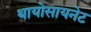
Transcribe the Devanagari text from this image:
थायोसायनेट